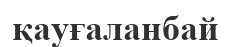
қауғаланбай